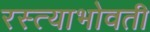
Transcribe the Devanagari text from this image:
रस्त्याभोवती